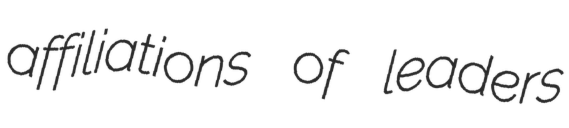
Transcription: affiliations of leaders